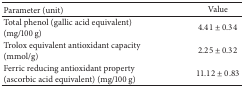
<table><thead><tr><td><b>Parameter (unit)</b></td><td><b>Value</b></td></tr></thead><tbody><tr><td>Total phenol (gallic acid equivalent) (mg/100 g)</td><td>4.41 ± 0.34</td></tr><tr><td>Trolox equivalent antioxidant capacity (mmol/g)</td><td>2.25 ± 0.32</td></tr><tr><td>Ferric reducing antioxidant property (ascorbic acid equivalent) (mg/100 g)</td><td>11.12 ± 0.83</td></tr></tbody></table>